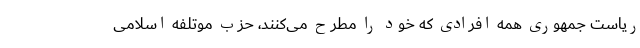
ریاست جمهوری همه افرادی که خود را مطرح می‌کنند، حزب موتلفه اسلامی